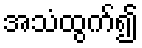
အသံထွက်၍